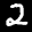
Label: 2